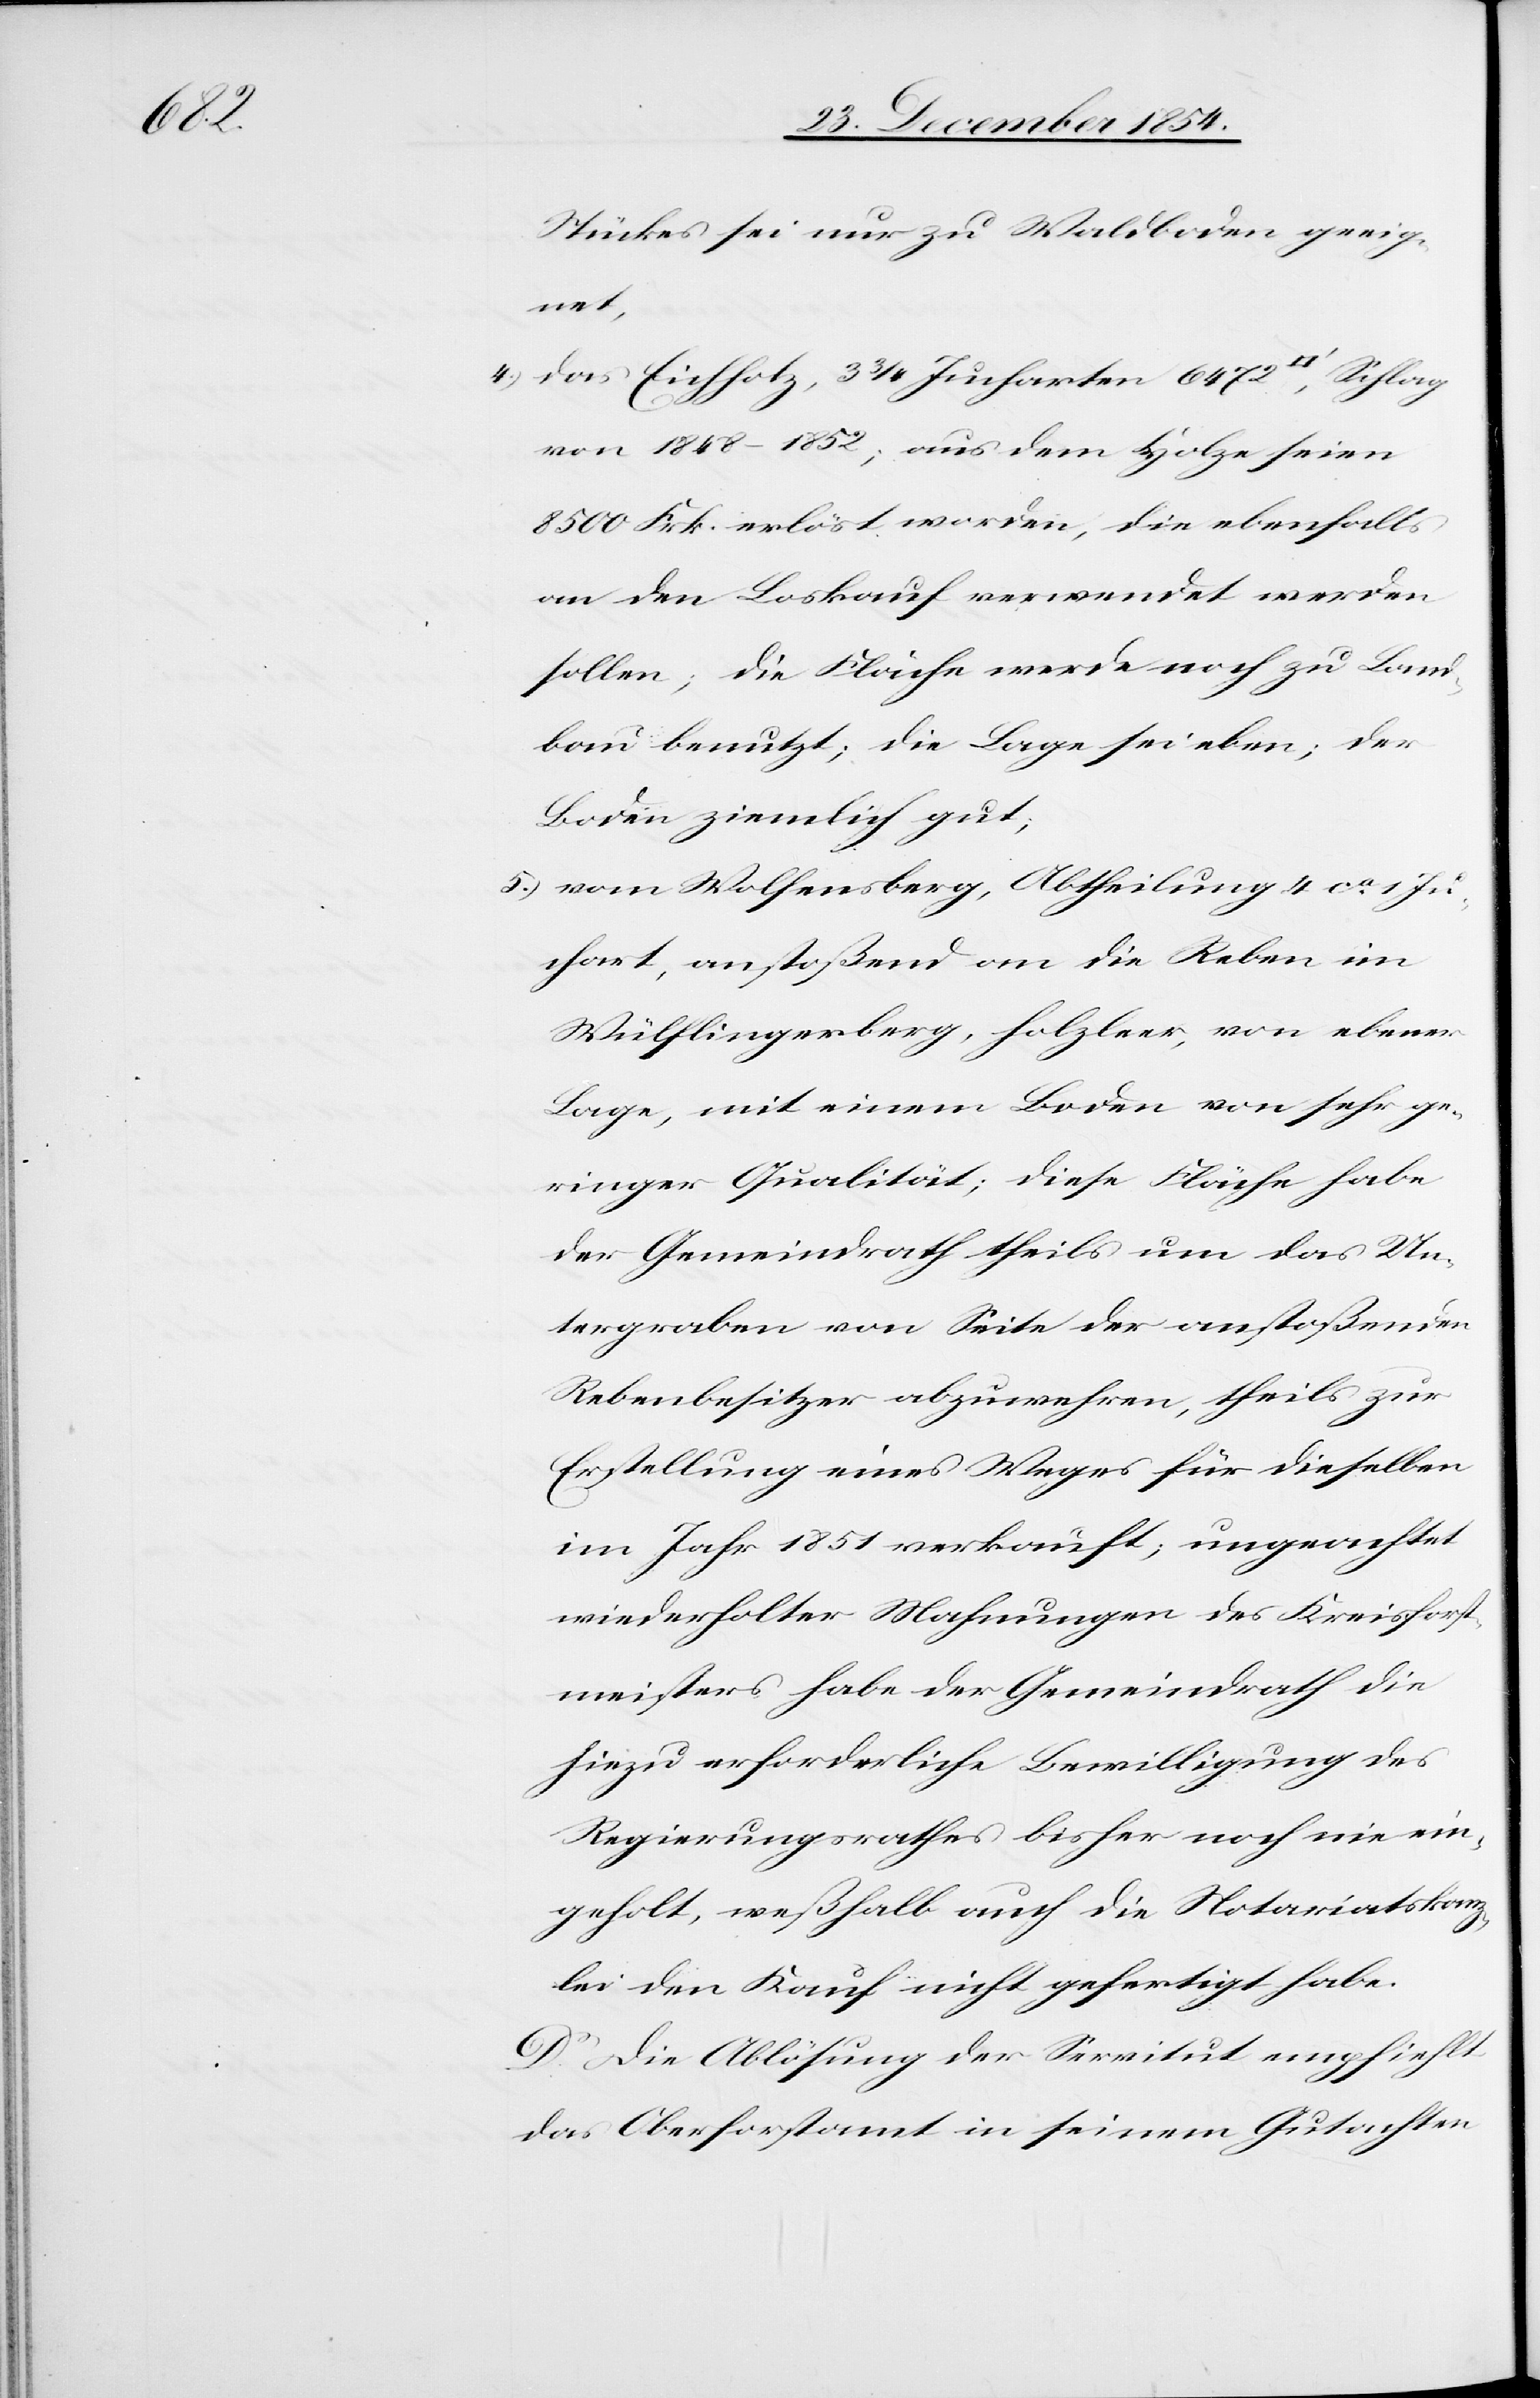
sei

Stückes sei nur zu Waldboden geeig¬
die
4.) das Eichholz, 3 3/4 Jucharten 6472 [Quadratfuß], Schlag
von 1848–1852; aus dem Holze seien
8500 Frk. erlöst worden, die ebenfalls
an den Loskauf verwendet werden
sollen; die Fläche werde noch zu Land¬
Boden ziemlich gut;
5.) vom Wolfensberg, Abtheilung 4 ca 1 Ju¬
chart, anstoßend an die Reben im
Wülflingerberg, holzleer, von ebener
Lage, mit einem Boden von sehr ge¬
ringer Qualität; diese Fläche habe
der Gemeindrath theils um das Un¬
tergraben von Seite der anstoßenden
Rebenbesitzer abzuwehren, theils zur
Erstellung eines Weges für dieselben
im Jahr 1851 verkauft; ungeachtet
wiederholter Mahnungen des Kreisforst¬
meisters habe der Gemeindrath die
hiezu erforderliche Bewilligung des
Regierungsrathes bisher noch nie ein¬
geholt; weßhalb auch die Notariatskanz¬
lei den Kauf nicht gefertigt habe.
D. Die Ablösung der Servitut empfiehlt
das Oberforstamt in seinem Gutachten